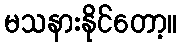
မသနားနိုင်တော့။